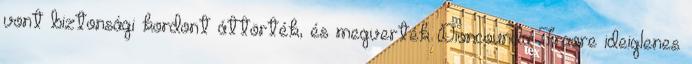
vont biztonsági kordont áttörték, és megverték Dioncounda Traore ideiglenes